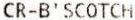
CR-B' SCOTCH